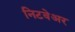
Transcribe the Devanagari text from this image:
निटवेअर